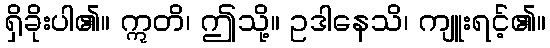
ရှိခိုးပါ၏။ ဣတိ၊ ဤသို့။ ဥဒါနေသိ၊ ကျူးရင့်၏။